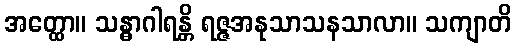
အတ္ထော။ သန္ဓာဂါရန္တိ ရဇ္ဇအနုသာသနသာလာ။ သကျာတိ